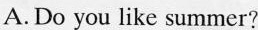
A.Do you like summer?